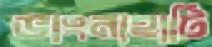
ভাংনাহাটি